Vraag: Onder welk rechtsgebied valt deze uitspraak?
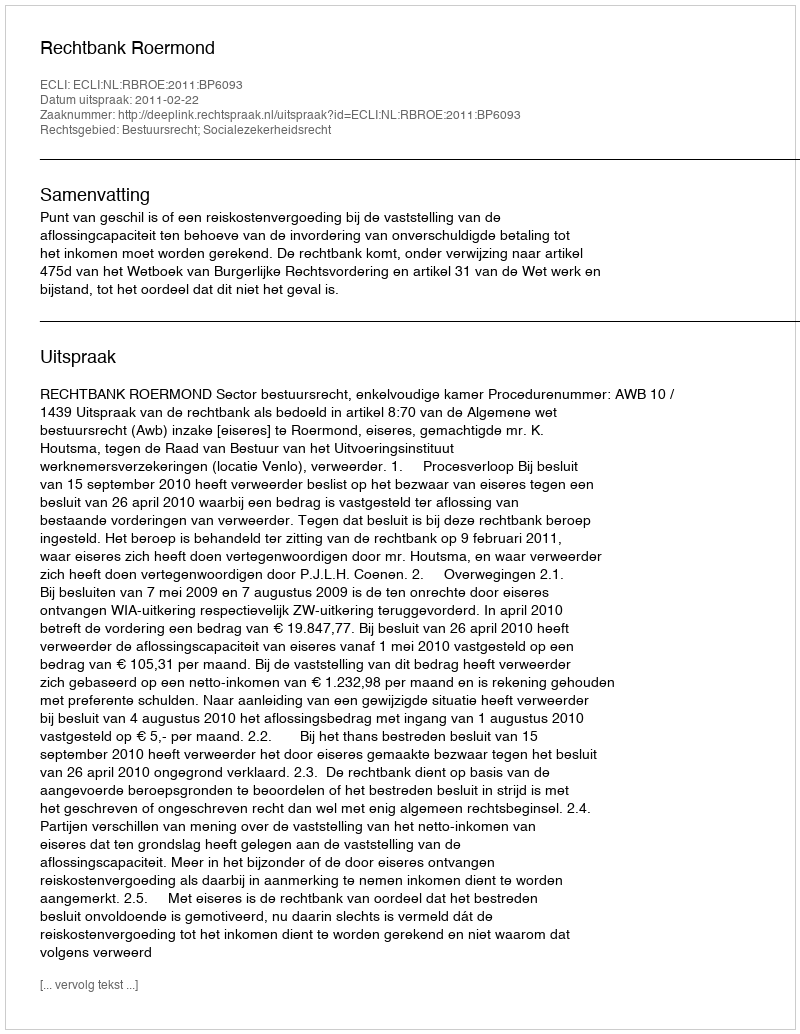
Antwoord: Bestuursrecht; Socialezekerheidsrecht